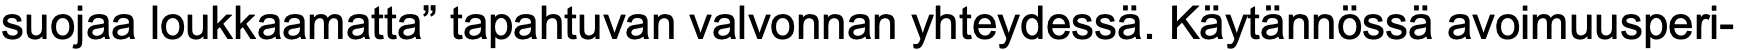
suojaa loukkaamatta” tapahtuvan valvonnan yhteydessä. Käytännössä avoimuusperi-